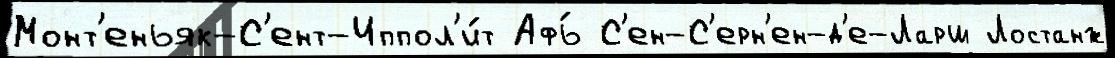
Монт'еньяк-С'ент-Иппол'и́т Афь́ С'ен-С'ерн'ен-д'е-Ларш Лостанж